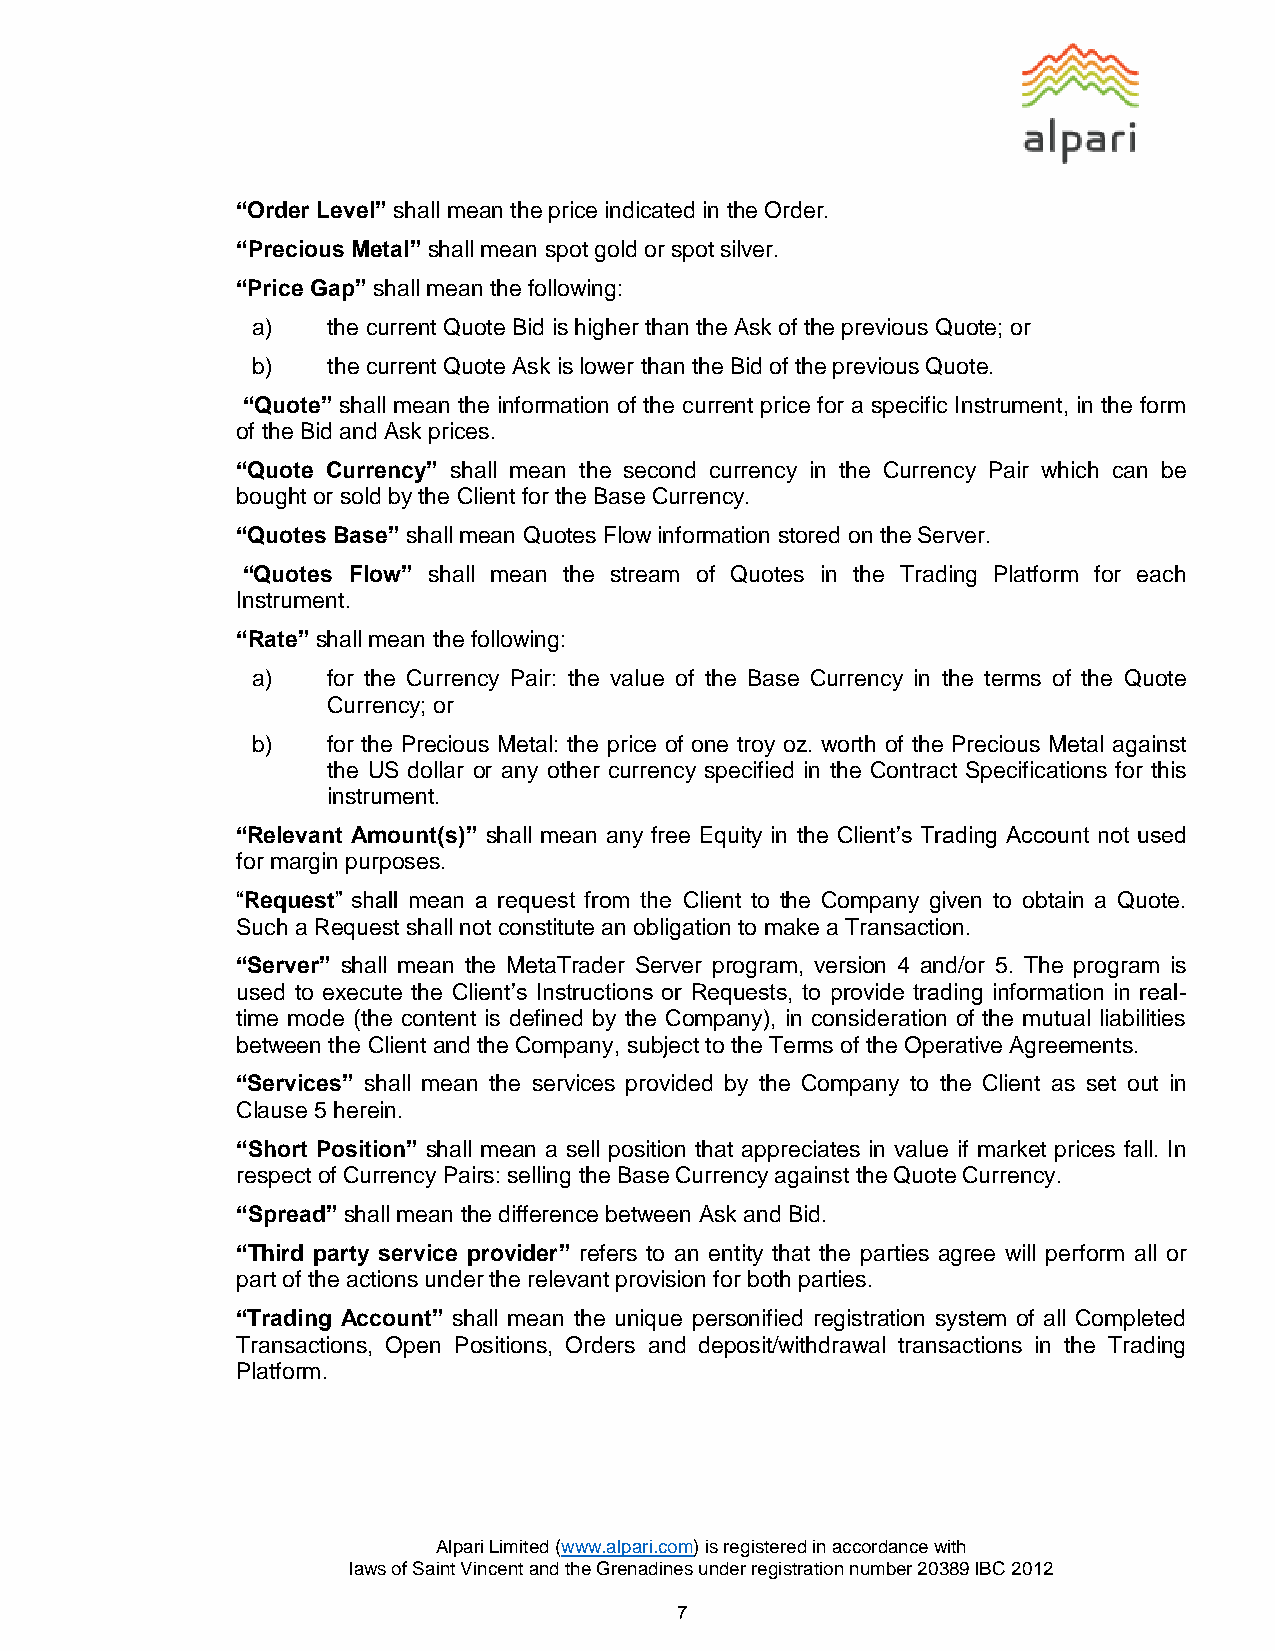
“Order Level” shall mean the price indicated in the Order.
 “Precious Metal” shall mean spot gold or spot silver.
 “Price Gap” shall mean the following:
 a)   the current Quote Bid is higher than the Ask of the previous Quote; or
 b)   the current Quote Ask is lower than the Bid of the previous Quote.
 “Quote” shall mean the information of the current price for a specific Instrument, in the form
 of the Bid and Ask prices.
 “Quote Currency” shall mean the second currency in the Currency Pair which can be
 bought or sold by the Client for the Base Currency.
 “Quotes Base” shall mean Quotes Flow information stored on the Server.
 “Quotes Flow” shall mean the stream of Quotes in the Trading Platform for each
 Instrument.
 “Rate” shall mean the following:
 a)   for the Currency Pair: the value of the Base Currency in the terms of the Quote
 Currency; or
 b)   for the Precious Metal: the price of one troy oz. worth of the Precious Metal against
 the US dollar or any other currency specified in the Contract Specifications for this
 instrument.
 “Relevant Amount(s)” shall mean any free Equity in the Client’s Trading Account not used
 for margin purposes.
 “Request” shall mean a request from the Client to the Company given to obtain a Quote.
 Such a Request shall not constitute an obligation to make a Transaction.
 “Server” shall mean the MetaTrader Server program, version 4 and/or 5. The program is
 used to execute the Client’s Instructions or Requests, to provide trading information in real-
 time mode (the content is defined by the Company), in consideration of the mutual liabilities
 between the Client and the Company, subject to the Terms of the Operative Agreements.
 “Services” shall mean the services provided by the Company to the Client as set out in
 Clause 5 herein.
 “Short Position” shall mean a sell position that appreciates in value if market prices fall. In
 respect of Currency Pairs: selling the Base Currency against the Quote Currency.
 “Spread” shall mean the difference between Ask and Bid.
 “Third party service provider” refers to an entity that the parties agree will perform all or
 part of the actions under the relevant provision for both parties.
 “Trading Account” shall mean the unique personified registration system of all Completed
 Transactions, Open Positions, Orders and deposit/withdrawal transactions in the Trading
 Platform.
 Alpari Limited (www.alpari.com) is registered in accordance with
 laws of Saint Vincent and the Grenadines under registration number 20389 IBC 2012
 7